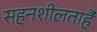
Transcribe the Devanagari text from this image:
सहनशीलताहै